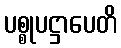
ပစ္စုပဋ္ဌာပေတိ